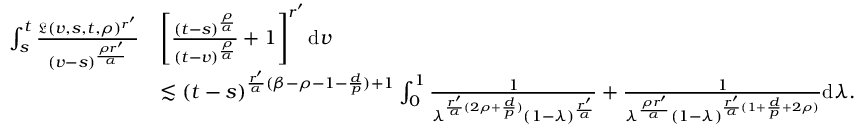
\begin{array} { r l } { \int _ { s } ^ { t } \frac { \mathfrak { L } ( v , s , t , \rho ) ^ { r ^ { \prime } } } { ( v - s ) ^ { \frac { \rho { r ^ { \prime } } } { \alpha } } } } & { \left[ \frac { ( t - s ) ^ { \frac { \rho } { \alpha } } } { ( t - v ) ^ { \frac { \rho } { \alpha } } } + 1 \right] ^ { r ^ { \prime } } \mathrm { d } v } \\ & { \lesssim ( t - s ) ^ { \frac { r ^ { \prime } } { \alpha } ( \beta - \rho - 1 - \frac { d } { p } ) + 1 } \int _ { 0 } ^ { 1 } \frac { 1 } { \lambda ^ { \frac { r ^ { \prime } } { \alpha } ( 2 \rho + \frac { d } { p } ) } ( 1 - \lambda ) ^ { \frac { r ^ { \prime } } { \alpha } } } + \frac { 1 } { \lambda ^ { \frac { \rho r ^ { \prime } } { \alpha } } ( 1 - \lambda ) ^ { \frac { r ^ { \prime } } { \alpha } ( 1 + \frac { d } { p } + 2 \rho ) } } \mathrm { d } \lambda . } \end{array}